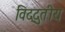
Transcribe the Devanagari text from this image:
विद्दुतीय